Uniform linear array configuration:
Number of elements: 8
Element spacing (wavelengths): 1
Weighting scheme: binomial
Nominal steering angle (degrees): -15
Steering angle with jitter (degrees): -16.354
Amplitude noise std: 0.05
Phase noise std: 0.05

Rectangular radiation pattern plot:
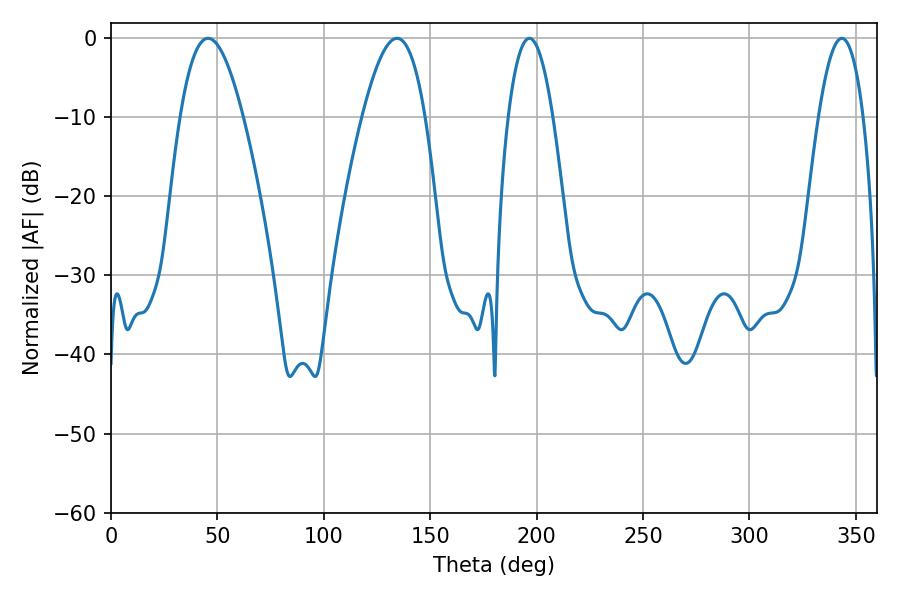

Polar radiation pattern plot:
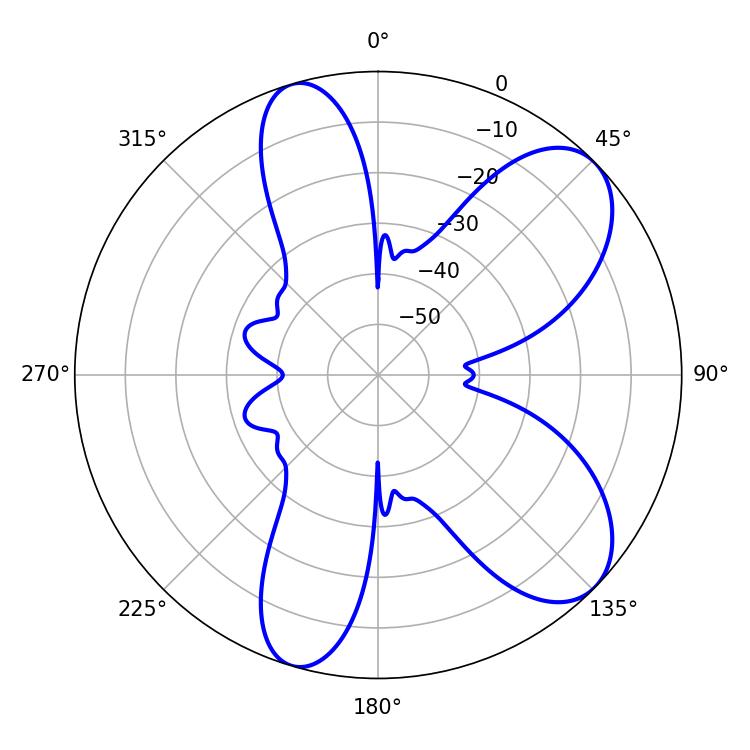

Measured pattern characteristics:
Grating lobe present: TRUE
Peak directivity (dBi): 8.073
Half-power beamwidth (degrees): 11.52
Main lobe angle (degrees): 196.56